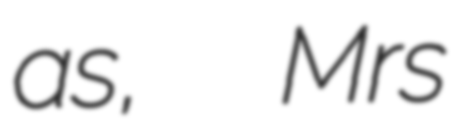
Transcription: as,  Mrs